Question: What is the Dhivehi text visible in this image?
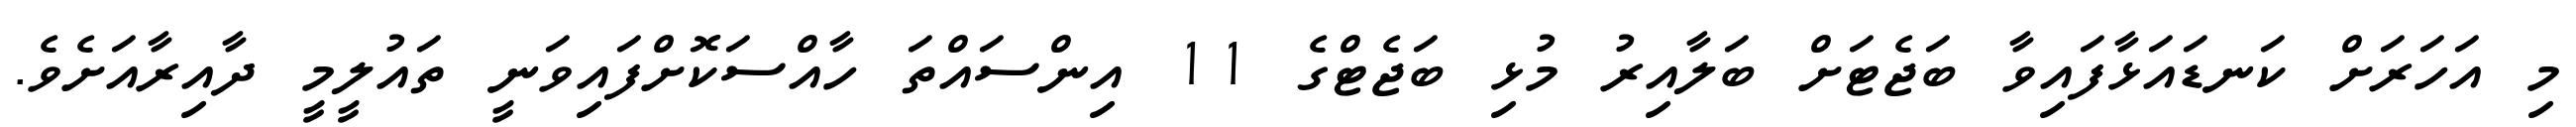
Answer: މި އަހަރަށް ކަނޑައަޅާފައިވާ ބަޖެޓަށް ބަލާއިރު މުޅި ބަޖެޓްގެ 11 އިންސައްތަ ހާއްސަކޮށްފައިވަނީ ތައުލީމީ ދާއިރާއަށެވެ.